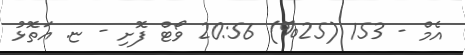
އެމް - 153 (25%) 20:56 ވޯޓް ފޮށި - ޏ. އަތޮޅު